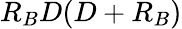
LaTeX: R_{B}D(D+R_{B})